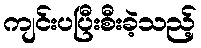
ကျင်းပပြီးစီးခဲ့သည့်